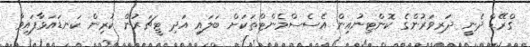
ގްރޭޑް ދެނީ ދަރިވަރުންގެ ކޮންޓިނުއިން އެސެސްމެންޓްތަކަށް ބަލައި އަދި ޓީޗަރުން ކުރިން ކަނޑައަޅާފައިވާ